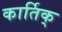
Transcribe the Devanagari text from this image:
कार्तिक्